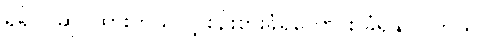
ရရှိပိုင်ဆိုင်ထားတယ်လို့ စဉ်းစားခံရကောင်း ခံရနိုင်ပါတယ်။